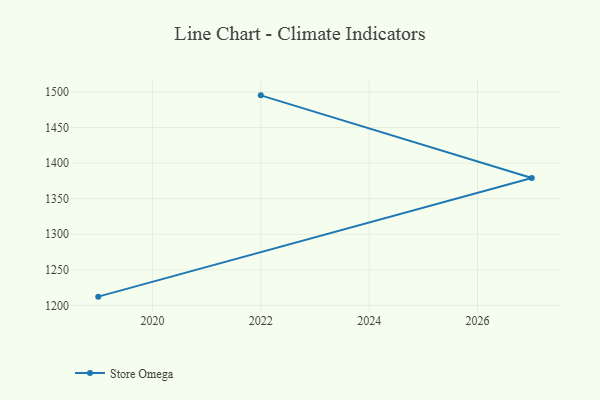
{"axis": {"x": "Year", "y": "Website Visitors"}, "legend": ["Store Omega"], "data": [{"x": "2022", "y": 1495.3, "type": "Store Omega"}, {"x": "2027", "y": 1379.0, "type": "Store Omega"}, {"x": "2019", "y": 1212.3, "type": "Store Omega"}]}